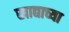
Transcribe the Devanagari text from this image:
खाद्याच्या